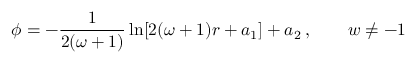
\phi = - \frac { 1 } { 2 ( \omega + 1 ) } \ln [ 2 ( \omega + 1 ) r + a _ { 1 } ] + a _ { 2 } \: , \quad \quad w \neq - 1